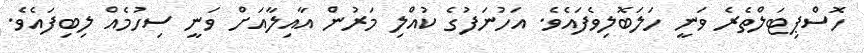
ހޮސްޕިޓަލްތެރެ ވަނީ ހަލަބޮލިވެފައެވެ. އަހުނަފުގެ ކުއްލި މަރުން އާއިލާއަށް ވަނީ ސިހުމެއް ލިބިފައެވެ.